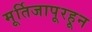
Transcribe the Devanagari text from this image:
मूर्तिजापूरहून